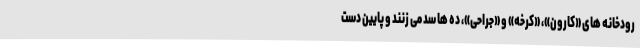
رودخانه های «کارون»، «کرخه» و «جراحی»، ده ها سد می زنند و پایین دست